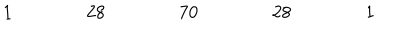
\begin{array} { c c c c c c c c c c c c c c c c c } { { 1 } } & { { } } & { { } } & { { } } & { { 2 8 } } & { { } } & { { } } & { { } } & { { 7 0 } } & { { } } & { { } } & { { } } & { { 2 8 } } & { { } } & { { } } & { { } } & { { 1 } } \\ \end{array}